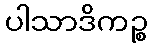
ပါသာဒိကဉ္စ